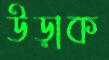
উড়াক